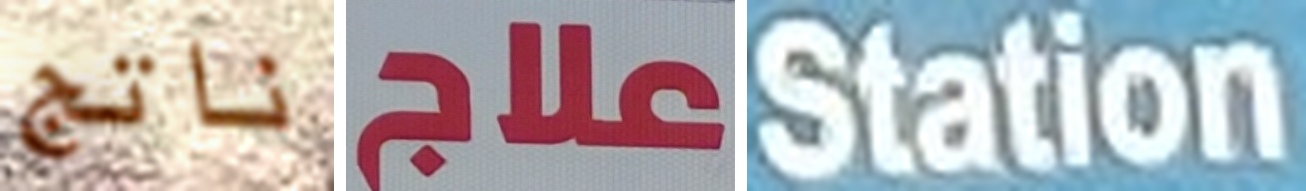
ناتج علاج Station